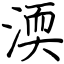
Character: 渜